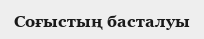
Соғыстың басталуы